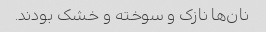
نان‌ها نازک و سوخته و خشک بودند.